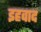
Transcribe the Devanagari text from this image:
इहवाद